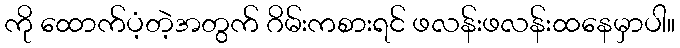
ကို ထောက်ပံ့တဲ့အတွက် ဂိမ်းကစားရင် ဖလန်းဖလန်းထနေမှာပါ။